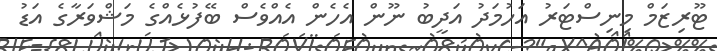
ޓޫރިޒަމް މިނިސްޓަރު އަހުމަދު އަދީބު ނޫން އެހެން އެއްވެސް ބޭފުޅެއްގެ މަޝްވަރާގެ އަޑު